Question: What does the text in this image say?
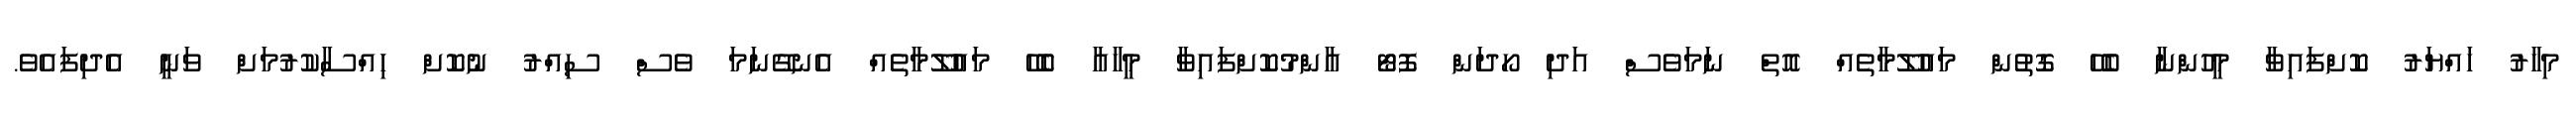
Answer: މިހާރު ހައްޔަރު ކޮށްފައިވާ މީހުންނާ ބެހޭ ގޮތުން މައުލޫމާތެއް އޮތް ނަމަވެސް އަދި ހޯދަން ފޮޓޯ އާންމުކޮށްފައިވާ މީހާއާ ބެހޭ މައުލޫމާތެއް އެނގޭނަމަ ވެސް ސިއްރު ނުކޮށް ހިއްސާކުރުމަށް ވަނީ އެދިފައެވެ.